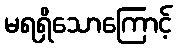
မရရှိသောကြောင့်